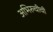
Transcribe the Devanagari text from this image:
अभिरुचीची